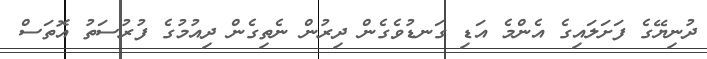
ދުނިޔޭގެ ފަށަލައިގެ އެންމެ އަޑި ގަނޑުވެގެން ދިރުން ނެތިގެން ދިއުމުގެ ފުރުސަތު އޮތަސް